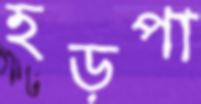
হড়পা